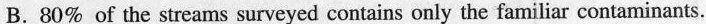
B. 80% of the streams surveyed contains only the familiar contaminants.